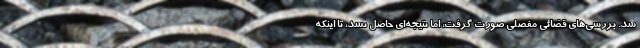
شد. بررسی‌های قضائی مفصلی صورت گرفت، اما نتیجه‌ای حاصل نشد، تا اینکه